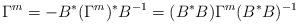
LaTeX: \begin{align*}\Gamma^{m}=-B^{*}(\Gamma^{m})^{*}B^{-1}=(B^{*}B)\Gamma^{m}(B^{*}B)^{-1}\end{align*}